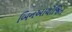
બિનઆયોજિત